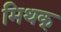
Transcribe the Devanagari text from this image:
मिथक्